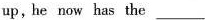
up,he now has the ___